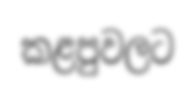
කළපුවලට